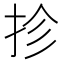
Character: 抮